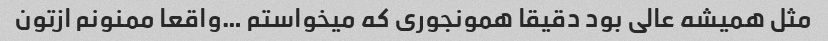
مثل همیشه عالی بود دقیقا همونجوری که میخواستم …واقعا ممنونم ازتون